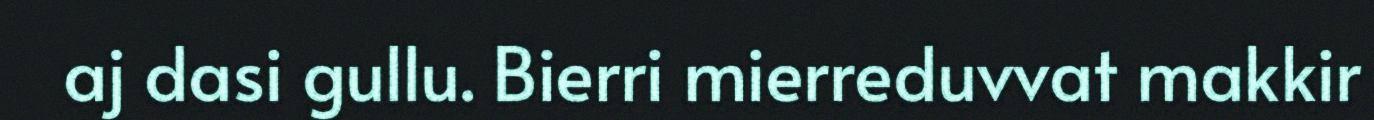
aj dasi gullu. Bierri mierreduvvat makkir